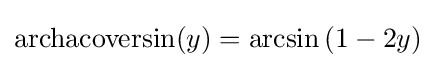
\operatorname {archacoversin} (y)=\arcsin \left(1-2y\right)